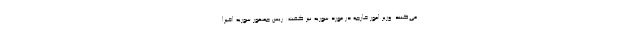
می‌کنند. وزیر امور خارجه در مورد سوریه نیز گفت: ریس جمهور سوریه اخیرا